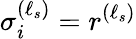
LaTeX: \sigma_{i}^{(\ell_{s})}=r^{(\ell_{s})}